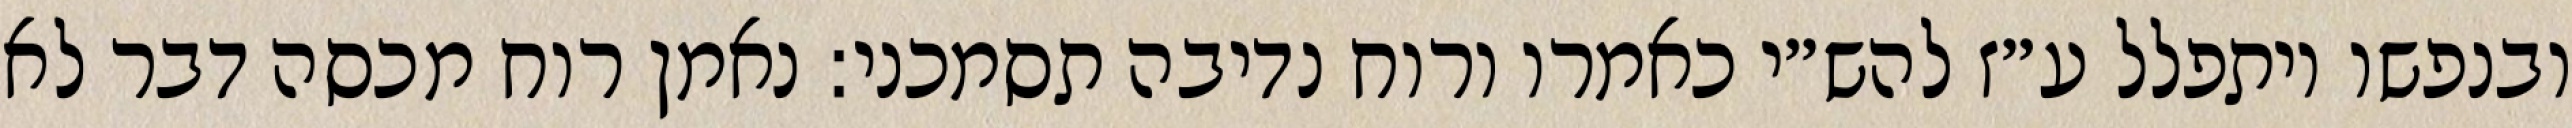
ובנפשו ויתפלל ע״ז להש״י כאמרו ורוח נדיבה תסמכני: נאמן רוח מכסה דבר לא